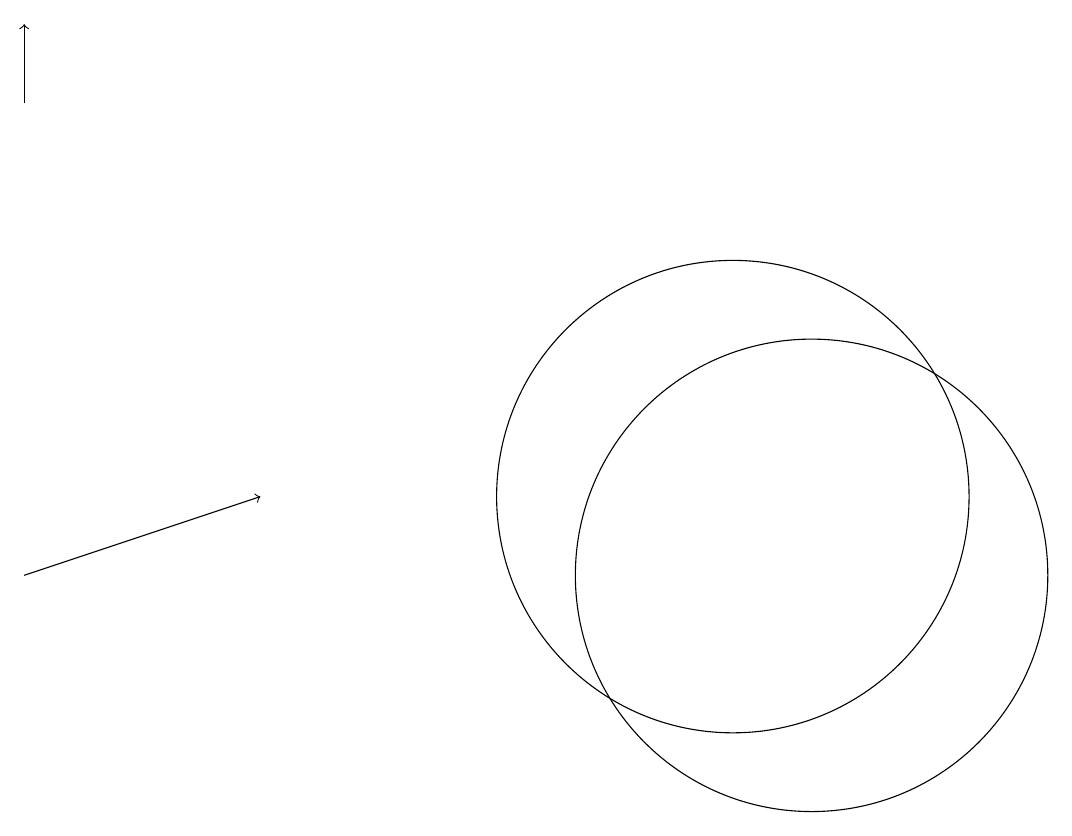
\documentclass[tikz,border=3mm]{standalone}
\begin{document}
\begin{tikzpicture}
\draw (11,10) circle (3);
\draw (10,11) circle (3);
\draw[->] (1,10) -- (4,11);
\draw[->] (1,16) -- (1,17);
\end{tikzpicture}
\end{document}